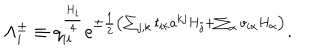
LaTeX: \Lambda _ { i } ^ { \pm } \equiv q _ { i i } ^ { \frac { H _ { i } } { 4 } } e ^ { \pm { \frac { 1 } { 2 } } \left( \sum _ { j , k } t _ { i k } a ^ { k j } H _ { j } + \sum _ { \alpha } v _ { i \alpha } H _ { \alpha } \right) } .